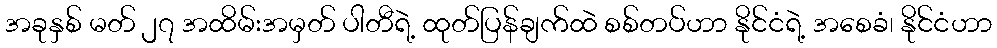
အခုနှစ် မတ် ၂၇ အထိမ်းအမှတ် ပါတီရဲ့ ထုတ်ပြန်ချက်ထဲ စစ်တပ်ဟာ နိုင်ငံရဲ့ အစေခံ၊ နိုင်ငံဟာ